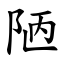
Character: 陋